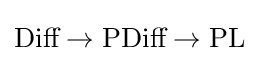
{\text{Diff}}\to {\text{PDiff}}\to {\text{PL}}